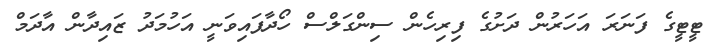
ޓީޓީގެ ފަނަރަ އަހަރުން ދަށުގެ ފިރިހެން ސިންގަލްސް ހޯދާފައިވަނީ އަހުމަދު ޒައިދާން އާދަމް